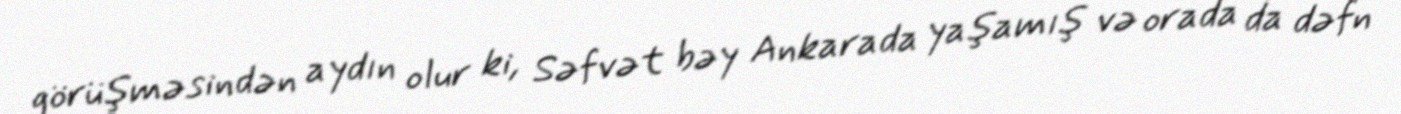
görüşməsindən aydın olur ki, Səfvət bəy Ankarada yaşamış və orada da dəfn